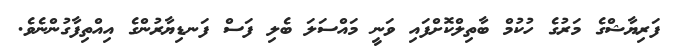
ފަރިޔާޝްގެ މަރުގެ ހުުކުމް ބާތިލްކޮށްފައި ވަނީ މައްސަލަ ބެލި ފަސް ފަނޑިޔާރުންގެ އިއްތިފާގުންނެވެ.